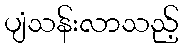
ပျံသန်းလာသည့်